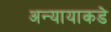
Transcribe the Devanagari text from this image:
अन्यायाकडे